Vaccine operations Central Provinces & Berar 1922-1929 - 1922-1929
Year: 1922
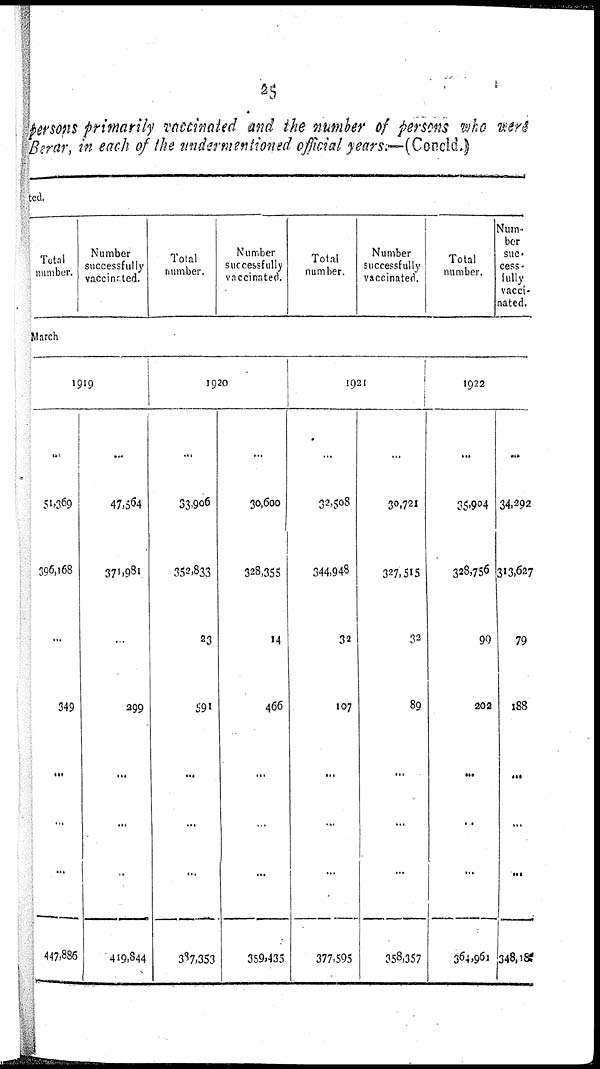
25
persons primarily vaccinated and the number of persons who were
Berar, in each of the undermentioned official years.—(Concld.)
ted.
Total
number.
Number
successfully
vaccinated.
Total
number.
Number
successfully
vaccinated.
Total
number.
Number
successfully
vaccinated.
Total
number.
Num-
ber
suc¬
cess¬
fully
vacci-
nated.
March
1919
...
51,369
396,168
...
349
...
...
...
447,886
...
47,564
371,981
...
299
...
...
...
419,844
1920
...
33,906
352,833
23
591
...
...
...
387,353
...
30,600
328,355
14
466
...
...
...
359,435
1921
...
32,508
344,948
32
107
...
...
...
377,595
...
30,721
327,515
32
89
...
...
...
358,357
1922
...
35,904
328,756
99
202
...
...
...
364,961
...
34,292
313,627
79
188
...
...
...
348,18